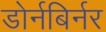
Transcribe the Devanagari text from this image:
डोर्नबिर्नर